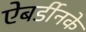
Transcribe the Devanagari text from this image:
ऐबर्डीनके